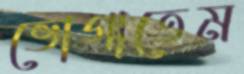
ভোগাতেম